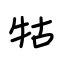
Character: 牯